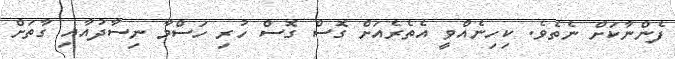
ފެންނާކަށް ނެތެވެ. ކިހިނެއްވީ އެތެރެއަށް ގޮސް ގޮސް ހުރި ހަސްމާ ނިސާދުއާއި ގާތަށް